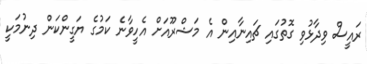
ރައީސް ވިދާޅުވި ގޮތުގައި ޗައިނާއިން އެ މަޝްރޫއަށް އެހީވާނެ ކަމުގެ ޔަގީންކަން ދިނުމަކީ